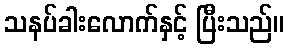
သနပ်ခါးလောက်နှင့် ပြီးသည်။